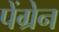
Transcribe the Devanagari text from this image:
पेंग्रेन